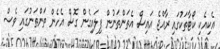
އެކިއެކި ކޯޓާތަކުގައި ރާއްޖެ އައިސް އެތަންތަނުން ފިލައިގެން ގޮސް އެހެން ތަންތަނުގައި ވެސް